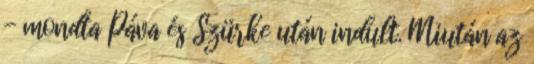
- mondta Páva és Szürke után indult. Miután az